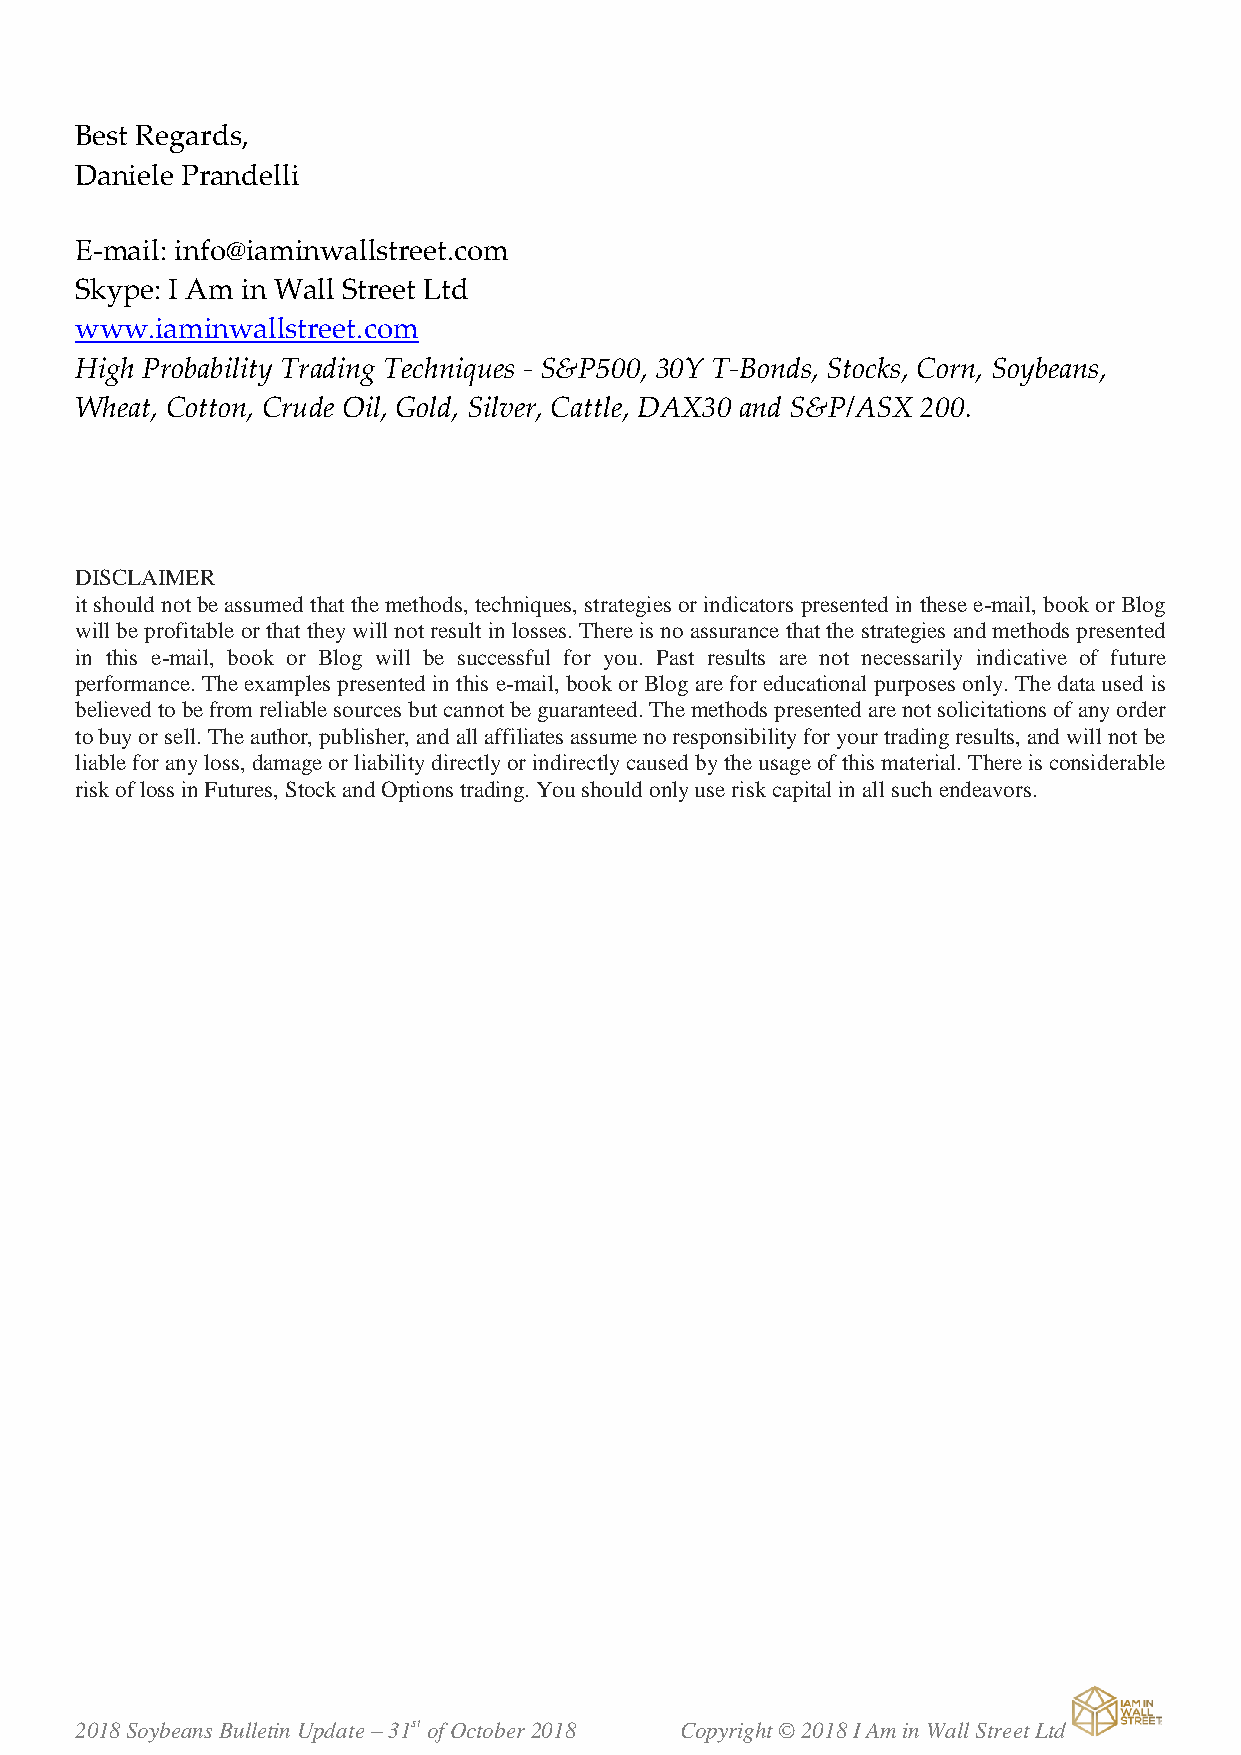
Best Regards,
 Daniele Prandelli
 E-mail: info@iaminwallstreet.com
 Skype: I Am in Wall Street Ltd
 www.iaminwallstreet.com
 High Probability Trading Techniques - S&P500, 30Y T-Bonds, Stocks, Corn, Soybeans,
 Wheat, Cotton, Crude Oil, Gold, Silver, Cattle, DAX30 and S&P/ASX 200.
 DISCLAIMER
 it should not be assumed that the methods, techniques, strategies or indicators presented in these e-mail, book or Blog
 will be profitable or that they will not result in losses. There is no assurance that the strategies and methods presented
 in this e-mail, book or Blog will be successful for you. Past results are not necessarily indicative of future
 performance. The examples presented in this e-mail, book or Blog are for educational purposes only. The data used is
 believed to be from reliable sources but cannot be guaranteed. The methods presented are not solicitations of any order
 to buy or sell. The author, publisher, and all affiliates assume no responsibility for your trading results, and will not be
 liable for any loss, damage or liability directly or indirectly caused by the usage of this material. There is considerable
 risk of loss in Futures, Stock and Options trading. You should only use risk capital in all such endeavors.
 2018 Soybeans Bulletin Update – 31st of October 2018 Copyright © 2018 I Am in Wall Street Ltd